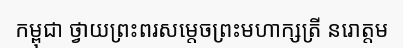
កម្ពុជា ថ្វាយព្រះពរសម្តេចព្រះមហាក្សត្រី នរោត្តម